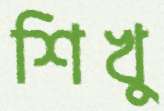
শিখু